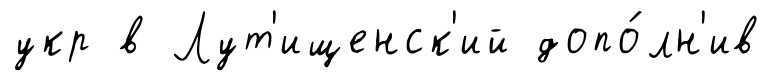
укр в Лут'ищенск'ий допо́лн'ив